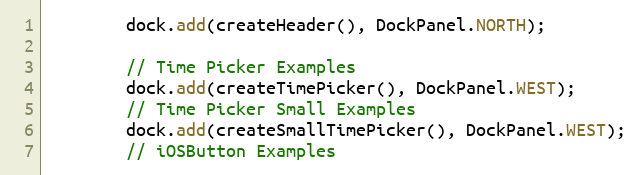
Language: Java
		dock.add(createHeader(), DockPanel.NORTH);

		// Time Picker Examples
		dock.add(createTimePicker(), DockPanel.WEST);
		// Time Picker Small Examples
		dock.add(createSmallTimePicker(), DockPanel.WEST);
		// iOSButton Examples